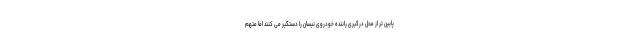
پایین تر از محل درگیری راننده خودروی نیسان را دستگیر می کنند اما متهم